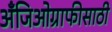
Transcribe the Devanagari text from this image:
अँजिओग्राफीसाठी